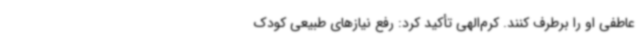
عاطفی او را برطرف کنند. کرم‌الهی تأکید کرد: رفع نیازهای طبیعی کودک